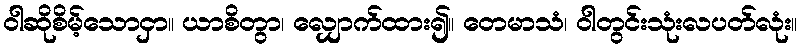
ဝါဆိုစိမ့်သောငှာ။ ယာစိတွာ၊ လျှောက်ထား၍။ တေမာသံ၊ ဝါတွင်းသုံးလပတ်လုံး။